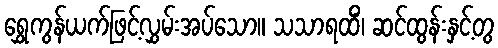
ရွှေကွန်ယက်ဖြင့်လွှမ်းအပ်သော။ သသာရထိံ၊ ဆင်ထွန်းနှင့်တွ